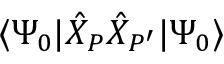
\langle \Psi _ { 0 } | \hat { X } _ { P } \hat { X } _ { P ^ { \prime } } | \Psi _ { 0 } \rangle